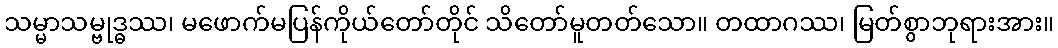
သမ္မာသမ္ဗုဒ္ဓဿ၊ မဖောက်မပြန်ကိုယ်တော်တိုင် သိတော်မူတတ်သော။ တထာဂဿ၊ မြတ်စွာဘုရားအား။